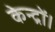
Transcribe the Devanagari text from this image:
केन्द्रों।